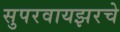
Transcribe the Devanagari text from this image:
सुपरवायझरचे